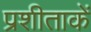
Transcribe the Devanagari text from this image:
प्रशीताकें